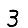
Digit: 3